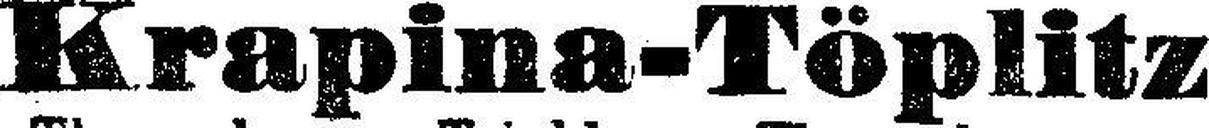
Krapina-Töplitz